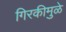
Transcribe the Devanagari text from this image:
गिरकीमुळे